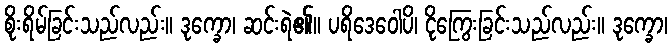
စိုးရိမ်ခြင်းသည်လည်း။ ဒုက္ခော၊ ဆင်းရဲ၏။ ပရိဒေဝေါပိ၊ ငိုကြွေးခြင်းသည်လည်း။ ဒုက္ခော၊